Cholera in southern India
Disease focus: Cholera
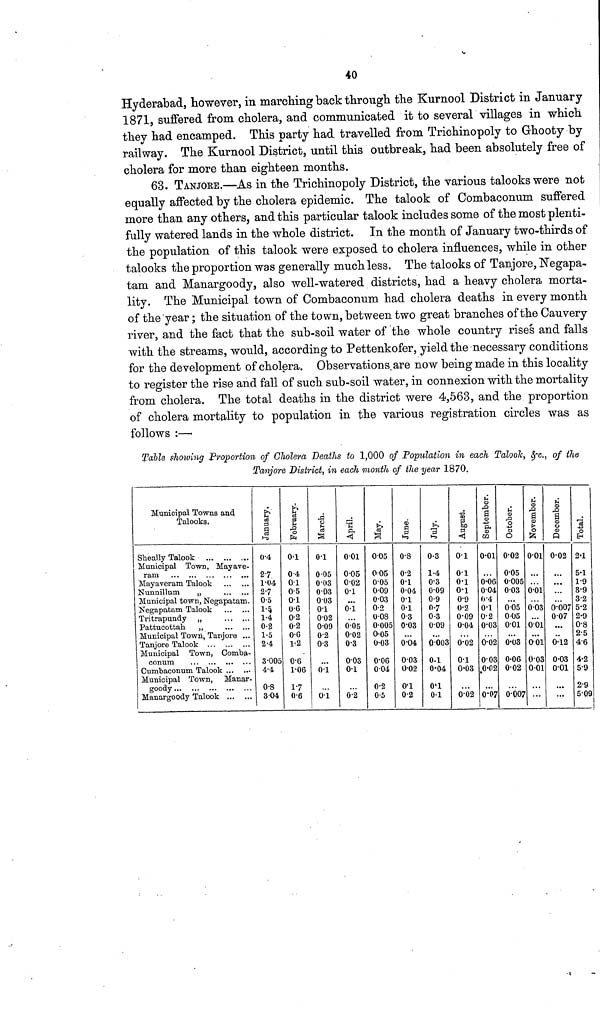
40
Hyderabad, however, in marching back through the Kurnool District in January
1871, suffered from cholera, and communicated it to several villages in which
they had encamped. This party had, travelled from Trichinopoly to Ghooty by
railway. The Kurnool District, until this outbreak, had been absolutely free of
cholera for more than eighteen months.
63. TANJORE.—As in the Trichinopoly District, the various talookswere not
equally affected by the cholera epidemic. The talook of Combaconum suffered
more than any others, and this particular talook includes some of the most plenti-
fully watered lands in the whole district. In the month of January two-thirds of
the population of this talook were exposed to cholera influences, while in other
talooks the proportion was generally much less. The talooks of Tanjore, Negapa-
tam and Manargoody, also well-watered districts, had a heavy cholera morta-
lity. The Municipal town of Combaconum had cholera deaths in every month
of the year ; the situation of the town, between two great branches of the Cauvery
river, and the fact that the sub-soil water of the whole country rises and falls
with the streams, would, according to Pettenkofer, yield the necessary conditions
for the development of cholera. Observations are now being made in this locality
to register the rise and fall of such sub-soil water, in oonnexion with the mortality
from cholera. The total deaths in the district were 4,563, and the proportion
of cholera mortality to population in the various registration circles was as
follows :—
Table showing proportion of Cholera Deaths to 1,000 of Population in each Talook, &c., of the
Tanjore District, in each month of the year 1870.
Municipal Towns and
Talooks,
Sheally Talook
Municipal Town, Mayave-
ram
Mayaveram Talook
Nunnillum
„
Municipal town, Negapatam.
Negapatam Talook
Tritrapundy „
Pattucottah
„
Municipal Town, Tanjore ...
Tanjore Talook
Municipal Town, Comba-
conum
Cumbaconum Talook
Municipal Town, Manar-
goody
Manargoody Talook
January.
0.4
2.7
1.04
27
05
1.5
1.4
0.2
1.5
2.4
3.005
4.4
0.8
304
February.
0.1
0.4
0.1
0.5
0.1
0.6
0.2
0.2
0.6
1.2
0.6
1.06
17
0.6
March.
0.1
0.05
003
003
003
0.1
0.02
0.09
0.2
03
...
0.1
0.1
April.
001
005
002
0.1
• •
01
0.05
0.02
03
003
0.1
0.2
May
005
005
0.05
009
0.03
0.2
0.08
0.005
0.05
0.03
0.06
0 04
0.2
05
June.
0.8
0.2
0.1
0.04
0.1
0.1
0.3
0.03
0.04
0.03
0.02
0.1
0.2
July.
0.3
1.4
0.3
0.09
0.9
0.7
0.3
009
0.003
0.1
0.04
0.1
0.1
August.
0.1
0.1
0.1
0.1
0.9
0.2
0.09
0.04
0.02
0.1
0.03
0.02
September.
0.01
0.06
0.04
0.4
0.1
0.2
0.03
0.02
0.03
0.02
0.07
October.
0.02
0.05
0.005
0.03
005
005
0.01
0.03
0.06
0.02
0.007
November
0.01
0.01
0.03
0.01
0.01
0.03
001
December.
0.02
...
0.007
007
0.12
0.03
0.01
...
Total.
2.1
5.1
1.9
8.9
3.2
5.2
2.9
0.8
2.5
4.6
4.2
5.9
2.9
5.09